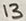
Text: 13